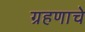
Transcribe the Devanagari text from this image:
ग्रहणाचे